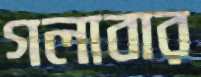
গলাবার